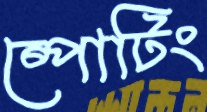
ষ্পোটিং